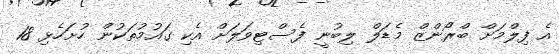
އެ ފިލްމަށް ބްރޯންޒް މެޑަލް ލިބުނީ ފެސްޓިވަލަށް އެކި ގައުމުތަކުން ހުށަހެޅި 18